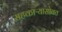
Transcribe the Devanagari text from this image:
सहकाऱ्यासोबत